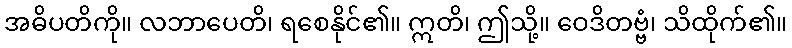
အဓိပတိကို။ လဘာပေတိ၊ ရစေနိုင်၏။ ဣတိ၊ ဤသို့။ ဝေဒိတဗ္ဗံ၊ သိထိုက်၏။